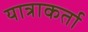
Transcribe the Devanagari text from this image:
यात्राकर्ता